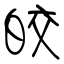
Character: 皎